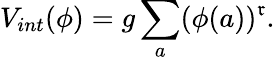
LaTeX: V_{int}(\phi)=g\sum_{a}(\phi(a))^{\mathfrak{r}}.